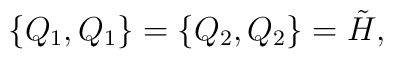
\{  Q_{1},  Q_{1}\}=\{  Q_{2},  Q_{2}\}=\tilde{H},